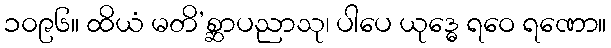
၁၀၉၆။ ထိယံ မတိ’စ္ဆာပညာသု၊ ပါပေ ယုဒ္ဓေ ရဝေ ရဏော။